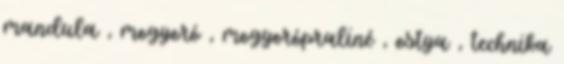
mandula , mogyoró , mogyorópraliné , ostya , technika